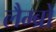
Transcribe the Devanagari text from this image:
लैम्ब्रो